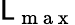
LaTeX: \mathsf{L}_{\mathrm{{~m~a~x~}}}